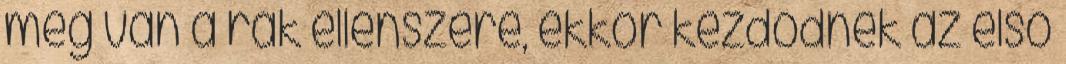
meg van a rák ellenszere, ekkor kezdődnek az első